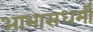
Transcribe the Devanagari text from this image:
आभासधर्मी